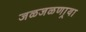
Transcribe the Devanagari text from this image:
जळजळणार्‍या